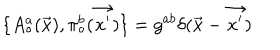
LaTeX: \{ A _ { \circ } ^ { a } ( \vec { x } ) , \pi _ { \circ } ^ { b } ( \vec { x ^ { \prime } } ) \} = g ^ { a b } \delta ( \vec { x } - \vec { x ^ { \prime } } )